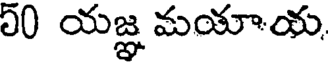
50 యజ్ఞ మయాయ,